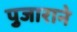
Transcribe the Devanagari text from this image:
पुजाराने